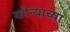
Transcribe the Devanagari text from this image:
कोन्याच्या